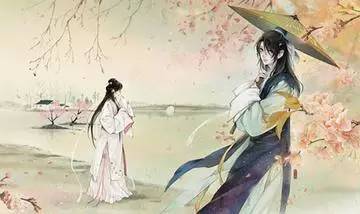
三岁为妇，靡室劳矣。夙兴夜寐，靡有朝矣。